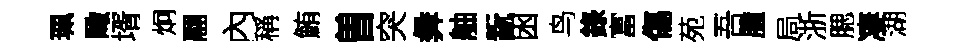
珮瞰壻炯翮內稱鮪曽突彜舳翫囦鸟錄富傷苑吾臆局浙腮凄湖